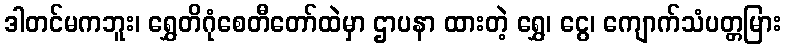
ဒါတင်မကဘူး၊ ရွှေတိဂုံစေတီတော်ထဲမှာ ဌာပနာ ထားတဲ့ ရွှေ၊ ငွေ၊ ကျောက်သံပတ္တမြား